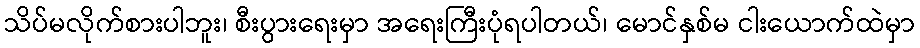
သိပ်မလိုက်စားပါဘူး၊ စီးပွားရေးမှာ အရေးကြီးပုံရပါတယ်၊ မောင်နှစ်မ ငါးယောက်ထဲမှာ